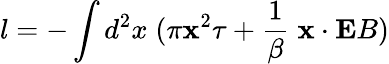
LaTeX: l=-\int d^{2}x\; (\pi{\mathbf x}^{2}\tau+{\frac{1}{\beta}}\; {\mathbf x}\cdot{\mathbf E}B)